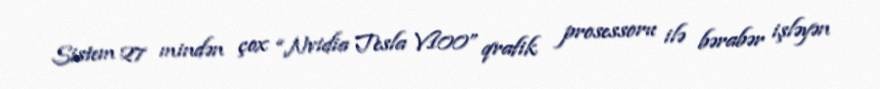
Sistem 27 mindən çox “Nvidia Tesla V100” qrafik prosessoru ilə bərabər işləyən